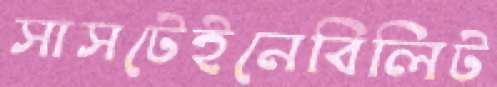
সাসটেইনেবিলিট